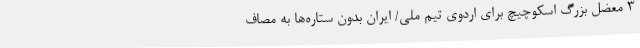
3 معضل بزرگ اسکوچیچ برای اردوی تیم ملی/ ایران بدون ستاره‌ها به مصاف